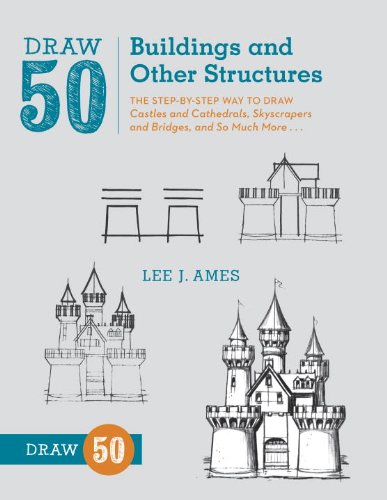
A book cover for Draw 50 Buildings and Other Structures: The Step-by-Step Way to Draw Castles and Cathedrals, Skyscrapers and Bridges, and So Much More...; Lee J. Ames; Arts & Photography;